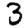
Digit: 3